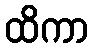
ထိကာ